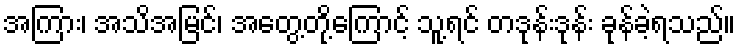
အကြား၊ အသိအမြင်၊ အတွေ့တို့ကြောင့် သူ့ရင် တဒုန်းဒုန်း ခုန်ခဲ့ရသည်။